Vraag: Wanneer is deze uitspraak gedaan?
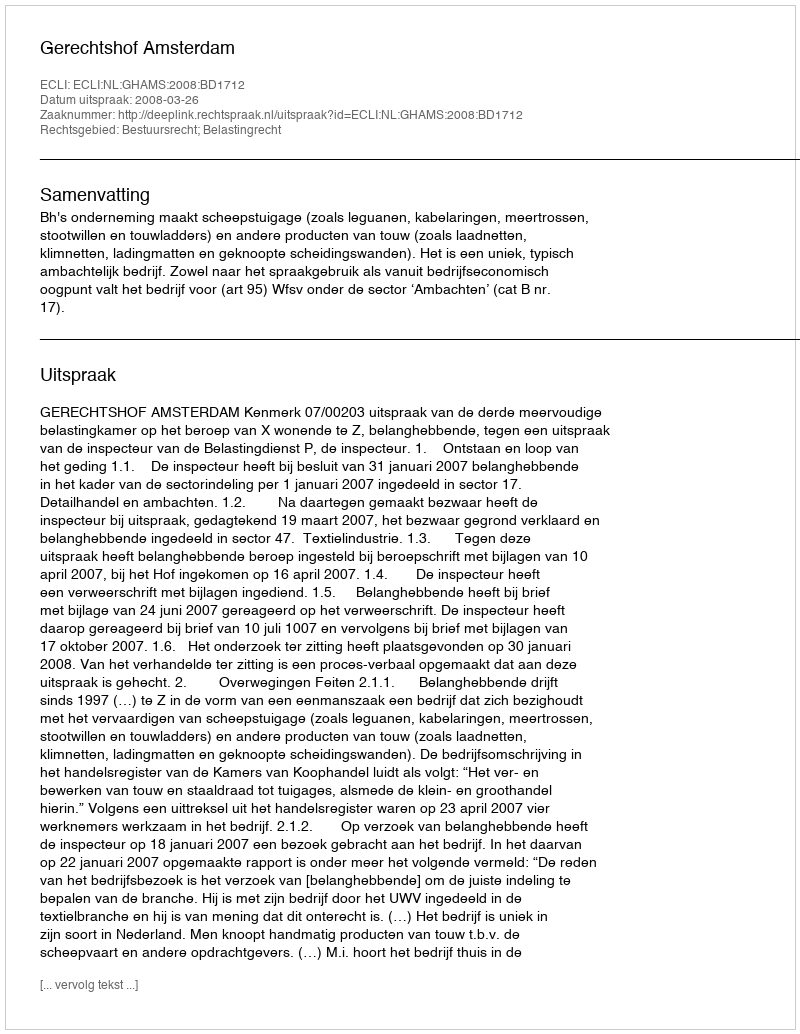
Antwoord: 2008-03-26